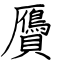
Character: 贗